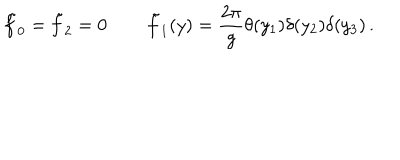
\tilde { f } _ { 0 } = \tilde { f } _ { 2 } = 0 \, \qquad \tilde { f } _ { 1 } ( y ) = { \frac { 2 \pi } { g } } \theta ( y _ { 1 } ) \delta ( y _ { 2 } ) \delta ( y _ { 3 } ) \, .